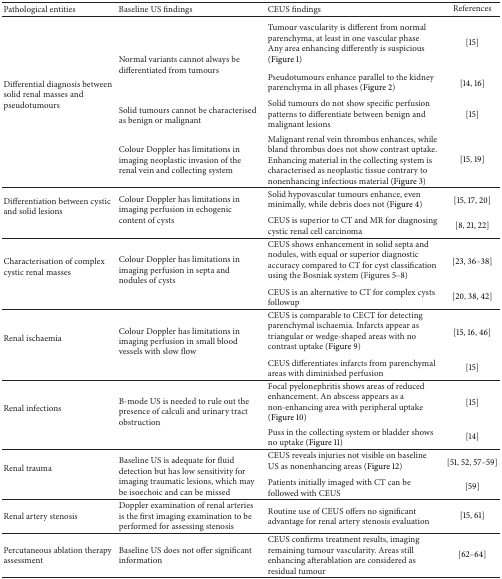
<table><thead><tr><td><b>Pathological entities</b></td><td><b>Baseline US findings</b></td><td><b>CEUS findings</b></td><td><b>References</b></td></tr></thead><tbody><tr><td rowspan="4">Differential diagnosis between solid renal masses and pseudotumours</td><td rowspan="2">Normal variants cannot always be differentiated from tumours</td><td>Tumour vascularity is different from normal parenchyma, at least in one vascular phase Any area enhancing differently is suspicious (Figure 1)</td><td>[15]</td></tr><tr><td>Pseudotumours enhance parallel to the kidney parenchyma in all phases (Figure 2) </td><td>[14, 16]</td></tr><tr><td>Solid tumours cannot be characterised as benign or malignant</td><td>Solid tumours do not show specific perfusion patterns to differentiate between benign and malignant lesions</td><td>[15]</td></tr><tr><td>Colour Doppler has limitations in imaging neoplastic invasion of the renal vein and collecting system</td><td>Malignant renal vein thrombus enhances, while bland thrombus does not show contrast uptake. Enhancing material in the collecting system is characterised as neoplastic tissue contrary to nonenhancing infectious material (Figure 3)</td><td>[15, 19]</td></tr><tr><td rowspan="2">Differentiation between cystic and solid lesions</td><td rowspan="2">Colour Doppler has limitations in imaging perfusion in echogenic content of cysts</td><td>Solid hypovascular tumours enhance, even minimally, while debris does not (Figure 4) </td><td>[15, 17, 20]</td></tr><tr><td>CEUS is superior to CT and MR for diagnosing cystic renal cell carcinoma</td><td>[8, 21, 22]</td></tr><tr><td rowspan="2">Characterisation of complex cystic renal masses</td><td rowspan="2">Colour Doppler has limitations in imaging perfusion in septa and nodules of cysts</td><td>CEUS shows enhancement in solid septa and nodules, with equal or superior diagnostic accuracy compared to CT for cyst classification using the Bosniak system (Figures 5–8) </td><td>[23, 36–38]</td></tr><tr><td>CEUS is an alternative to CT for complex cysts followup</td><td>[20, 38, 42]</td></tr><tr><td rowspan="2">Renal ischaemia </td><td rowspan="2">Colour Doppler has limitations in imaging perfusion in small blood vessels with slow flow</td><td>CEUS is comparable to CECT for detecting parenchymal ischaemia. Infarcts appear as triangular or wedge-shaped areas with no contrast uptake (Figure 9) </td><td>[15, 16, 46]</td></tr><tr><td>CEUS differentiates infarcts from parenchymal areas with diminished perfusion </td><td>[15]</td></tr><tr><td rowspan="2">Renal infections</td><td rowspan="2">B-mode US is needed to rule out the presence of calculi and urinary tract obstruction</td><td>Focal pyelonephritis shows areas of reduced enhancement. An abscess appears as a non-enhancing area with peripheral uptake (Figure 10) </td><td>[15]</td></tr><tr><td>Puss in the collecting system or bladder shows no uptake (Figure 11) </td><td>[14]</td></tr><tr><td rowspan="2">Renal trauma</td><td rowspan="2">Baseline US is adequate for fluid detection but has low sensitivity for imaging traumatic lesions, which may be isoechoic and can be missed </td><td>CEUS reveals injuries not visible on baseline US as nonenhancing areas (Figure 12) </td><td>[51, 52, 57–59]</td></tr><tr><td>Patients initially imaged with CT can be followed with CEUS</td><td>[59]</td></tr><tr><td>Renal artery stenosis</td><td>Doppler examination of renal arteries is the first imaging examination to be performed for assessing stenosis</td><td>Routine use of CEUS offers no significant advantage for renal artery stenosis evaluation</td><td>[15, 61]</td></tr><tr><td>Percutaneous ablation therapy assessment</td><td>Baseline US does not offer significant information</td><td>CEUS confirms treatment results, imaging remaining tumour vascularity. Areas still enhancing afterablation are considered as residual tumour </td><td>[62–64]</td></tr></tbody></table>